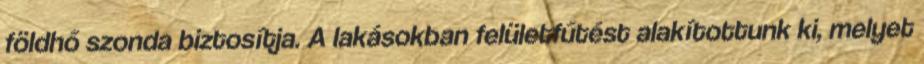
földhő szonda biztosítja. A lakásokban felületfűtést alakítottunk ki, melyet